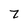
Character: 7